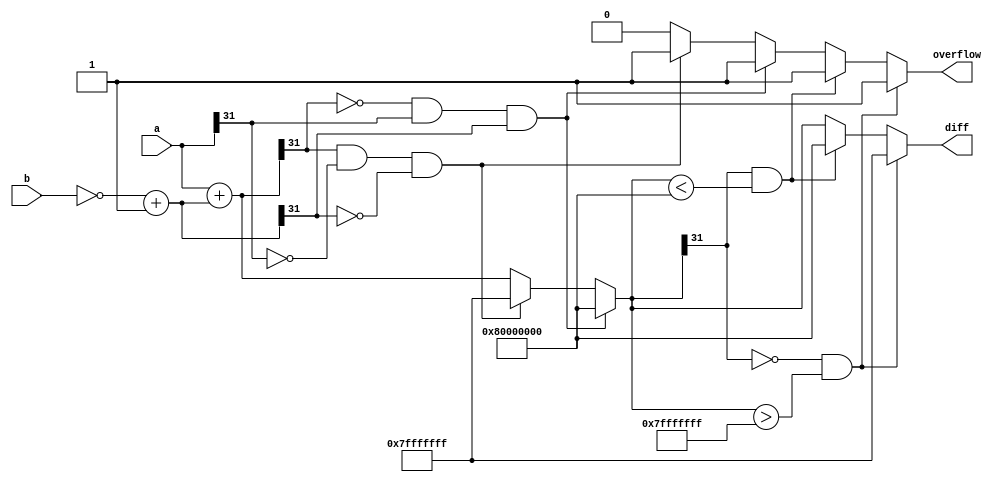
module L_sub(a,b,overflow,diff);

input [31:0] a,b;
output overflow;
output [31:0] diff;

wire signed [31:0] a,b,bneg;
assign bneg = (~b)+32'd1;
reg overflow;
reg signed [31:0] diff;
reg signed [31:0] temp;

parameter MIN_32 = 32'h8000_0000;
parameter MAX_32 = 32'h7fff_ffff;

always @(*) begin

	overflow = 0;	
	temp = a+bneg;
	
    if ((temp[31] ==0) && (a[31] == 1) && (bneg[31] == 1)) // neg+neg=pos NOT ALLOWED
	 begin
      temp = 32'h8000_0000;
		overflow = 1;
	 end
    else if ((temp[31] == 1) && (a[31] == 0) && (bneg[31] == 0)) // pos+pos=neg NOT ALLOWED
	 begin
      temp = 32'h7fff_ffff;
		overflow = 1;
	 end
    
	 
	if((temp[31] == 0) && (temp > MAX_32))
	begin
		temp = MAX_32;
		overflow = 1;
	end

	else if((temp[31] == 1) && (temp < MIN_32))
	begin
		temp = MIN_32;
		overflow = 1;
	end

	diff = temp;
end //end always

endmodule